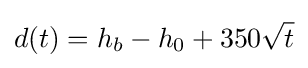
d(t)=h_{b}-h_{0}+350{\sqrt {t}}